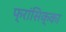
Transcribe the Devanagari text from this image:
फ्रांसिक्का